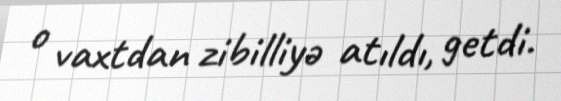
o vaxtdan zibilliyə atıldı, getdi.